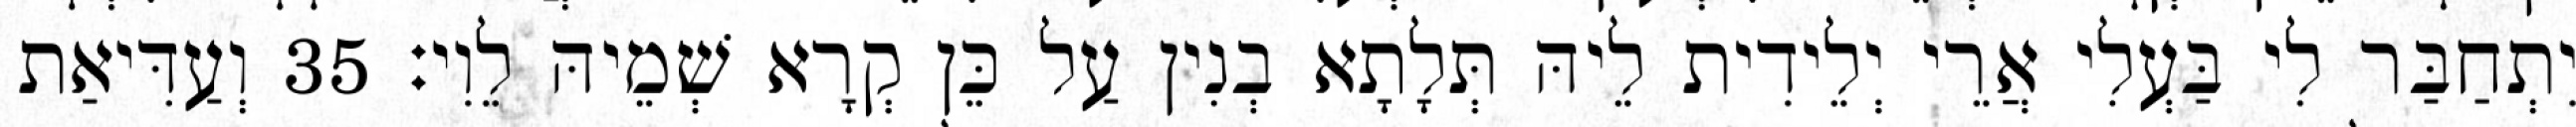
יִתְחַבַּר לִי בַּעְלִי אֲרֵי יְלֵידִית לֵיהּ תְּלָתָא בְנִין עַל כֵּן קְרָא שְׁמֵיהּ לֵוִי׃ 35 וְעַדִּיאַת